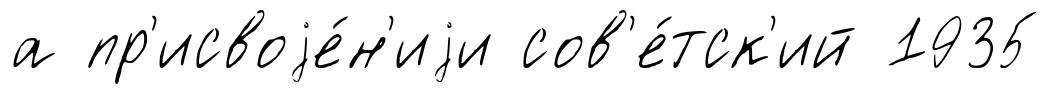
а пр'исвоjе́н'иjи сов'е́тск'ий 1935